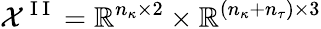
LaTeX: \mathcal{X}^{\mathrm{~I~I~}}=\mathbb{R}^{n_{\kappa}\times 2}\times\mathbb{R}^{(n_{\kappa}+n_{\tau})\times 3}